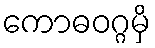
ကောဓဝဂ္ဂမှိ